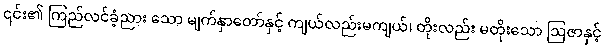
၎င်း၏ ကြည်လင်ခံ့ညား သော မျက်နှာတော်နှင့် ကျယ်လည်းမကျယ်၊ တိုးလည်း မတိုးသော ဩဇာနှင့်